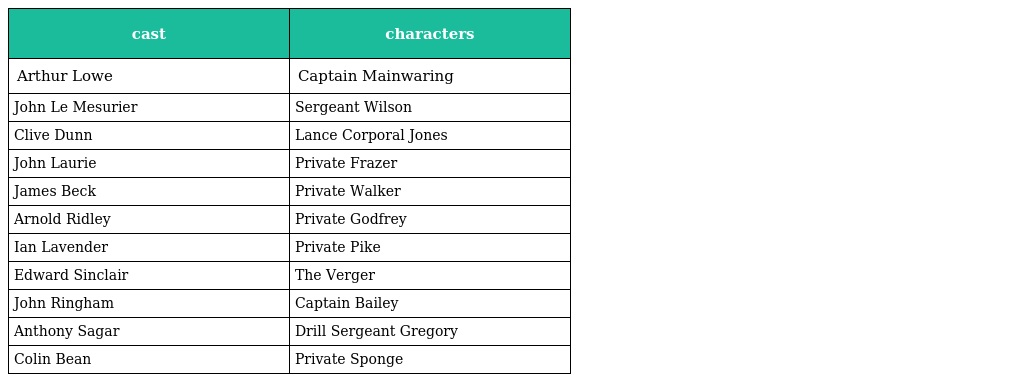
| cast | characters |
 | --- | --- |
 | Arthur Lowe | Captain Mainwaring |
 | John Le Mesurier | Sergeant Wilson |
 | Clive Dunn | Lance Corporal Jones |
 | John Laurie | Private Frazer |
 | James Beck | Private Walker |
 | Arnold Ridley | Private Godfrey |
 | Ian Lavender | Private Pike |
 | Edward Sinclair | The Verger |
 | John Ringham | Captain Bailey |
 | Anthony Sagar | Drill Sergeant Gregory |
 | Colin Bean | Private Sponge |